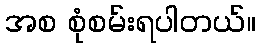
အစ စုံစမ်းရပါတယ်။